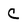
Character: C